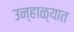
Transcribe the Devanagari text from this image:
उन्‍हाळ्यात